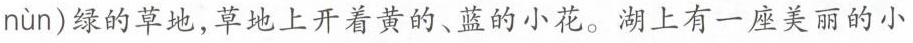
nùn)绿的草地，草地上开着黄的、蓝的小花。湖上有一座美丽的小